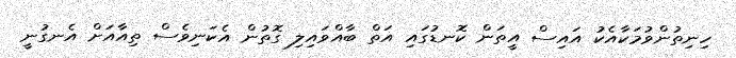
ހިނިތުންވުމަކާއެކު އައިސް އީތަން ކޮނޑުގައި އަތް ބާއްވައިލި ގޮތުން އެކަނިވެސް ތިއާއަށް އެނގުނީ